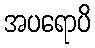
အပရောပိ